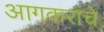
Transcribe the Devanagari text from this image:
आगकरांचे